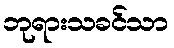
ဘုရားသခင်သာ